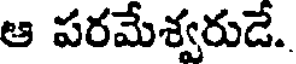
ఆ పరమేశ్వరుడే.